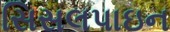
સિસલપાઇન